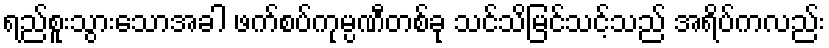
ရည်စူးသွားသောအခါ ဖက်စပ်ကုမ္ပဏီတစ်ခု သင်သိမြင်သင့်သည် အရိပ်ကလည်း